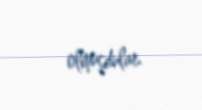
olmuşdular.